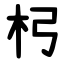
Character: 杛